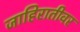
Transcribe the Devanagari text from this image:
जाहिरातीवर